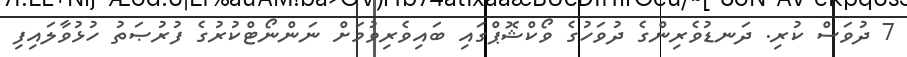
7 ދުވަސް ކުރި. ދަނޑުވެރިންގެ ދުވަހުގެ ވޯކްޝޮޕްގައި ބައިވެރިވުމަށް ނަންނޯޓްކުރުުގެ ފުރުޞަތު ހުޅުވާލައިފި